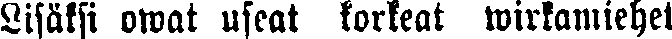
Lisäksi owat useat korkeat wirkamiehet